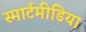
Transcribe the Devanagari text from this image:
स्मार्टमीडिया